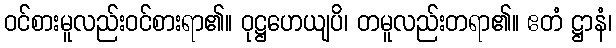
ဝင်စားမူလည်းဝင်စားရာ၏။ ဝုဋ္ဌဟေယျပိ၊ တမူလည်းတရာ၏။ ဧတံ ဋ္ဌာနံ၊